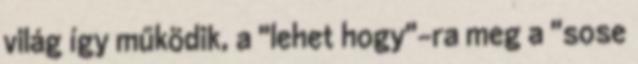
világ így működik, a "lehet hogy"-ra meg a "sose